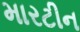
મારટીન